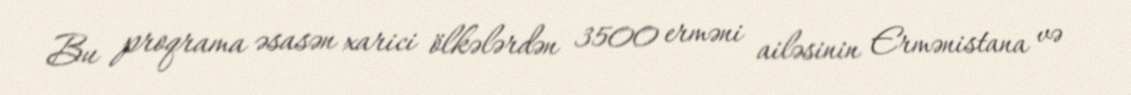
Bu proqrama əsasən xarici ölkələrdən 3500 erməni ailəsinin Ermənistana və